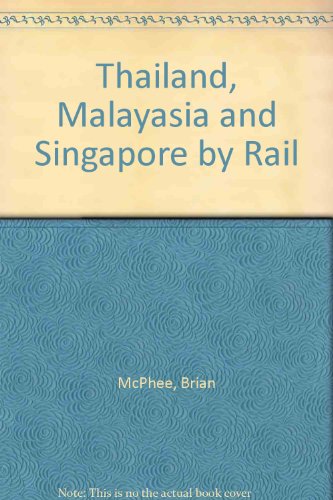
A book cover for Thailand, Malayasia and Singapore by Rail (Bradt Rail Guides); Brian McPhee; Travel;